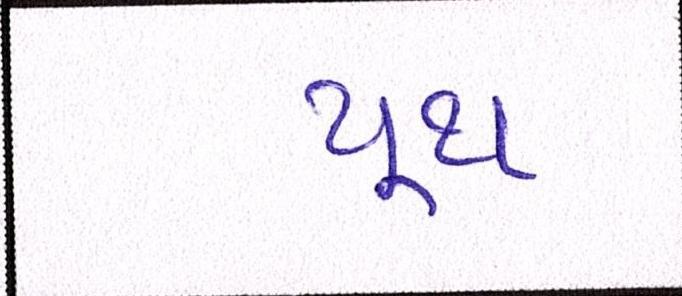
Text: યૂથ